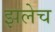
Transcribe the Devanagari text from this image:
झलेच